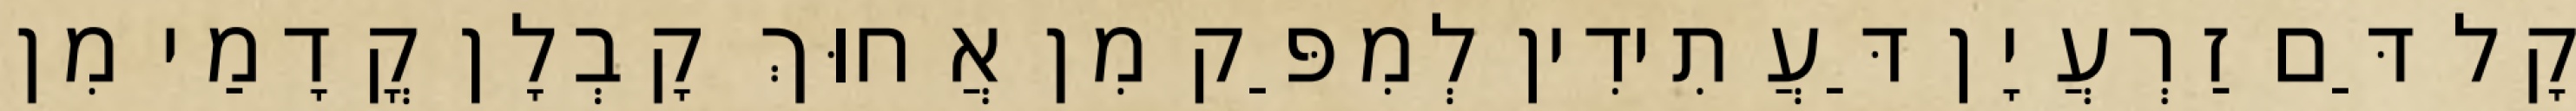
קָל דַּם זַרְעֲיָן דַּעֲתִידִין לְמִפַּק מִן אֲחוּךְ קָבְלָן קֳדָמַי מִן